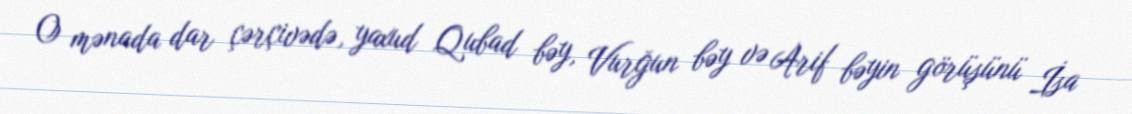
O mənada dar çərçivədə, yaxud Qubad bəy, Vurğun bəy və Arif bəyin görüşünü İsa